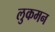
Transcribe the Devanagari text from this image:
लुकमन